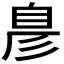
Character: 𮍖